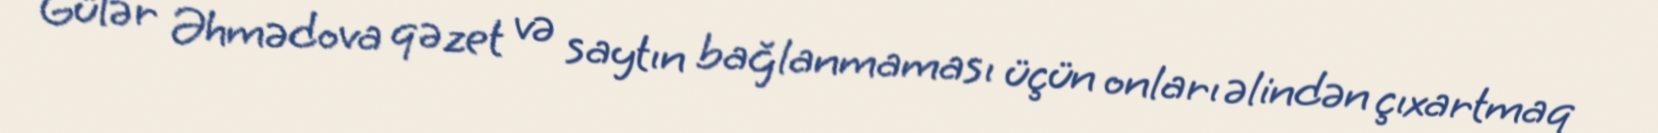
Gülər Əhmədova qəzet və saytın bağlanmaması üçün onları əlindən çıxartmaq